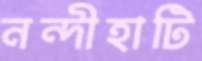
নন্দীহাটি